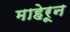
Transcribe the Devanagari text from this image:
माहेरून